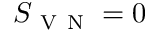
S _ { \mathrm { ~ V ~ N ~ } } = 0